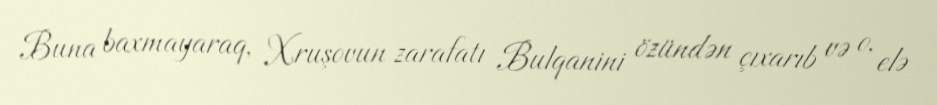
Buna baxmayaraq, Xruşovun zarafatı Bulqanini özündən çıxarıb və o, elə